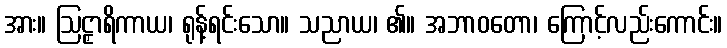
အား။ ဩဠှာရိကာယ၊ ရုန့်ရင်းသော။ သညာယ၊ ၏။ အဘာဝတော၊ ကြောင့်လည်းကောင်း။